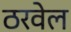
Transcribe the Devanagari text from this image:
ठरवेल